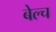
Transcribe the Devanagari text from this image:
बेल्च